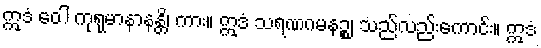
ဣဒံ ဝေါ ကုရုမာနာနန္တိ၊ ကား။ ဣဒံ သရဏဂမနဉ္စ၊ သည်လည်းကောင်း။ ဣဒံ